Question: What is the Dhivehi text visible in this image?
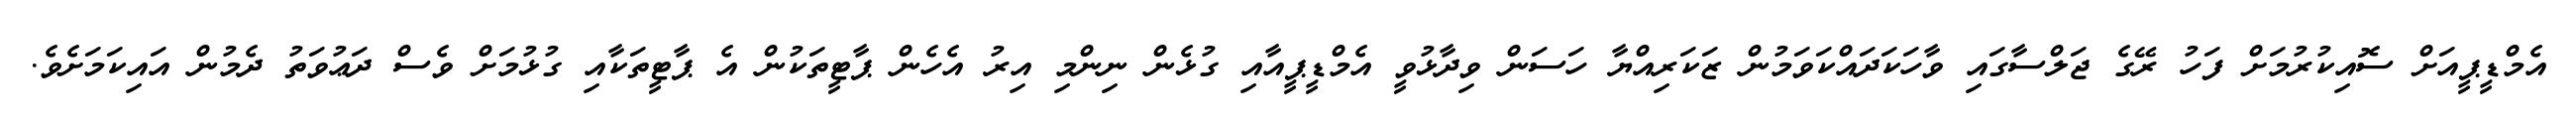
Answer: އެމްޑީޕީއަށް ސޮއިކުރުމަށް ފަހު ރޭގެ ޖަލްސާގައި ވާހަކަދައްކަވަމުން ޒަކަރިއްޔާ ހަސަން ވިދާޅުވީ އެމްޑީޕީއާއި ގުޅެން ނިންމި އިރު އެހެން ޕާޓީތަކުން އެ ޕާޓީތަކާއި ގުޅުމަށް ވެސް ދަޢުވަތު ދެމުން އައިކަމަށެވެ.